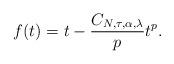
LaTeX: \begin{align*}f(t)= t- \frac{C_{N,\tau,\alpha,\lambda}}{p} t^{p}.\end{align*}